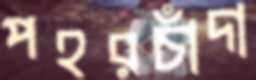
পহরচাঁদা